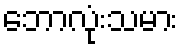
ဘောလုံးသမား